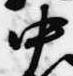
中